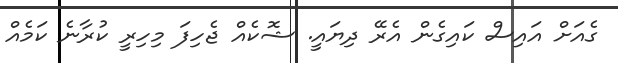
ގެއަށް އައިސް ކައިގެން އެރޭ ދިޔައީ. ޝޮކެއް ޖެހިފަ މިހިރީ ކުރާނެ ކަމެއް